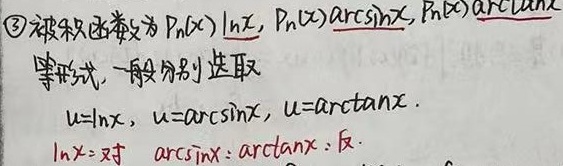
\textcircled{3}被积函数为\(P_{n}(x)\ln x\)，\(P_{n}(x)\arcsin x\)，\(P_{n}(x)\arctan x\)
等形式，一般分别选取
\(u = \ln x\)，\(u=\arcsin x\)，\(u = \arctan x\)．
\(\ln x\)：对 \(\arcsin x\)：\(\arctan x\)：反．